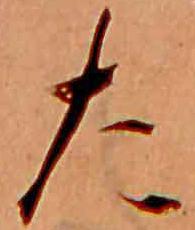
た